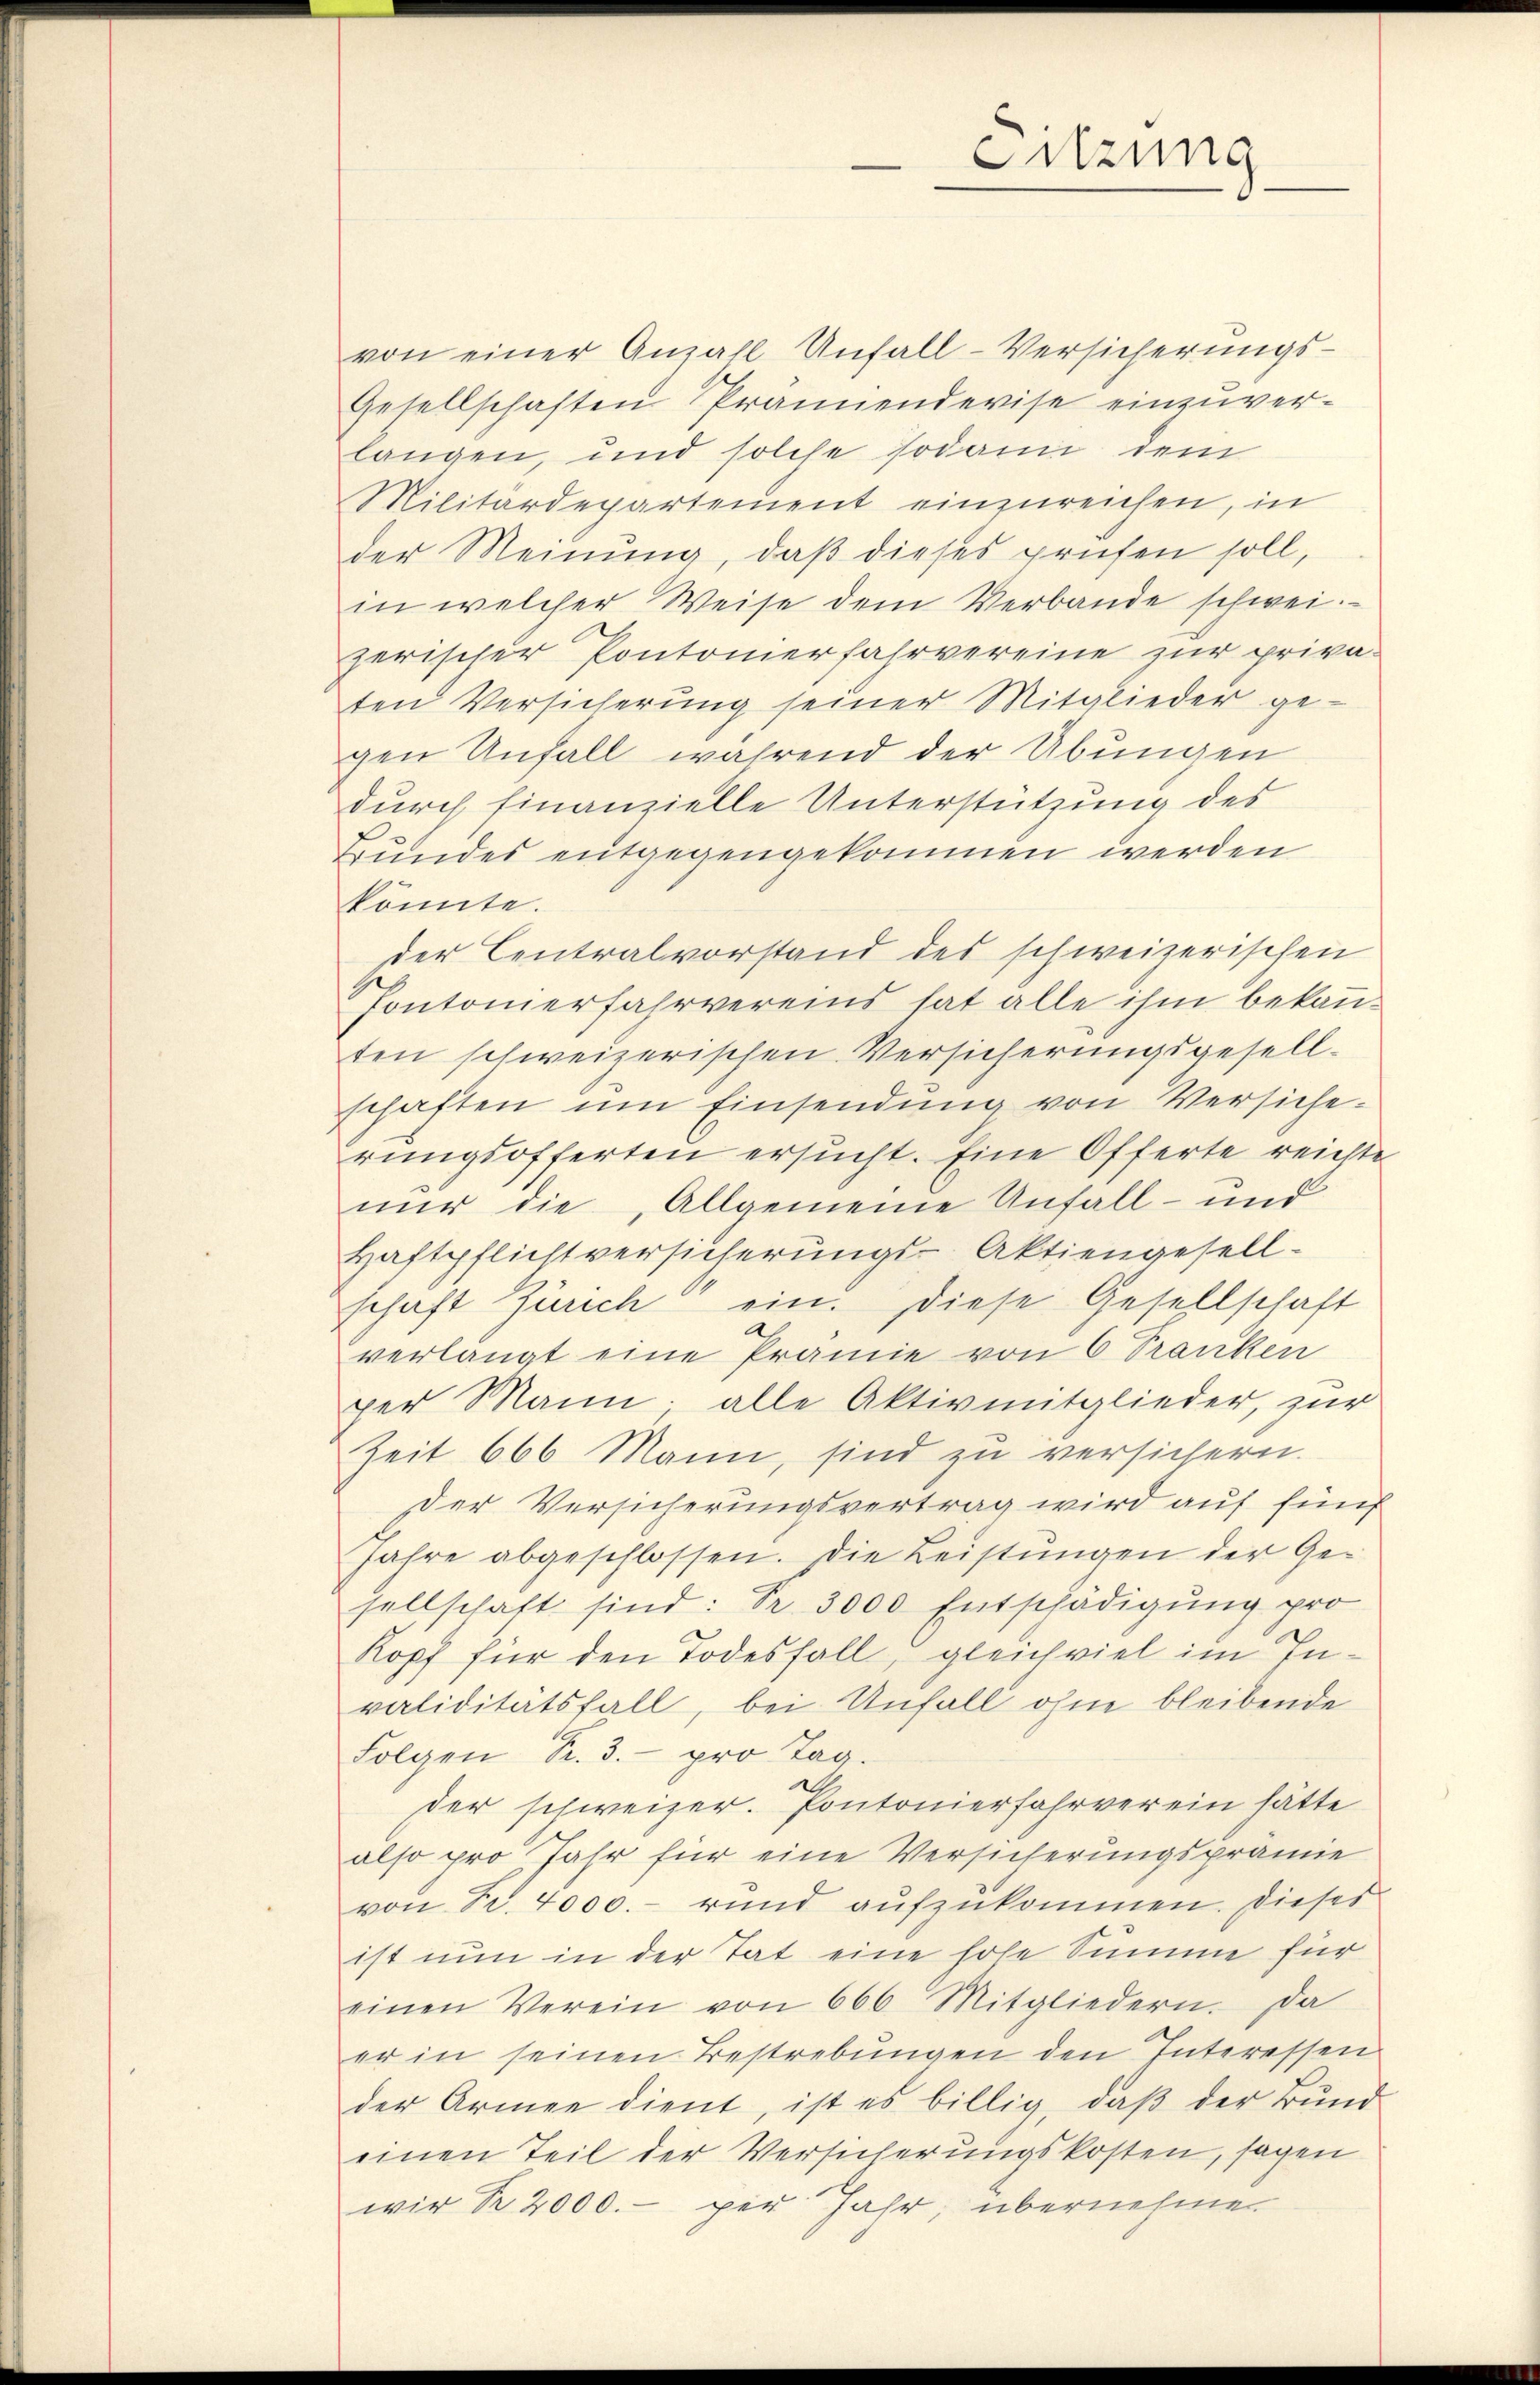
von einer Anzahl Unfall-Versicherungs¬
Gesellschaften Prannendevise einzuverlangen, und solche sodann dem
Militärdepartement einzureichen, in
der Meinung, daß dieses prüfen soll,
in welcher Weise dem Verbande schwei
zerischer Pontonierfahrvereine zur privaten Versicherung seiner Mitglieder gegen Unfall während der Übungen
durch finanzielle Unterstützung des
Bundes entgegengekommen werden
könnte.
der Centralvorstand des schweizerischen
Pontonierfahrvereins hat alle ihm bekannten schweizerischen Versicherungsgesell-
schaften ŭm Einsendŭng von Versiche-
rungsofferten ersucht. Eine Offerte reichte
nur die, Allgemeine Unfall- und
Haftpflichtversicherungs-Aktiengesell-
schaft Zürich ein. Diese Gesellschaft
A
verlangt eine Prämie von 6 Tranken
per Mann; alle Aktivmitglieder, zur
Zeit 666 Mann, sind zu versichern.
Der Versicherungsvertrag wird auf fünf
Jahre abgeschlossen. Die Leistungen der Gesellschaft sind: Pr. 3000 Entschädigung pro
Kopf für den Todesfall, gleichviel im Invaliditätsfall, bei Unfall ohne bleibende
Folgen Kr. 3. pro Tag.
ll.
der schweizer. Pontonierfahrverein hätte
also pro Jahr für eine Versicherungsprämie
von Fr. 4000.- rund aufzukommen. Dieses
ist nun in der Tat eine hohe Summe für
einen Verein von 666 Mitgliedern. Da
er in seinen Bestrebungen den Interessen
der Armee dient, ist es billig, daβ der Bund
einen Teil der Versicherungskosten, sagen
wir R. 2000.- per Jahr, übernehme

Sitzung
—